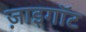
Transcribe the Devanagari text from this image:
ज़ाइगॉट